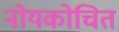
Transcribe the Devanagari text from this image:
नोयकोचित